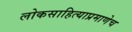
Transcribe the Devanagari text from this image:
लोकसाहित्याप्रमाणेच